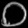
Digit: ၀